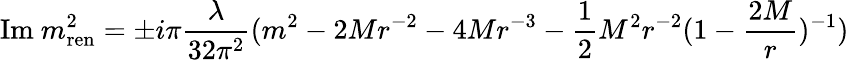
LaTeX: \mathrm{Im}~m_{\mathrm{ren}}^{2}=\pm i\pi\frac{\lambda}{32\pi^{2}}(m^{2}-2Mr^{-2}-4Mr^{-3}-\frac{1}{2}M^{2}r^{-2}(1-\frac{2M}{r})^{-1})